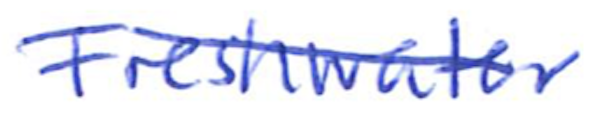
Text: Freshwater
Cross-out: diagonal
Writing tool: ballpoint